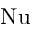
\mathrm { N u }